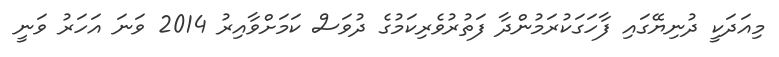
މިއަދަކީ ދުނިޔޭގައި ފާހަގަކުރަމުންދާ ފަތުރުވެރިކަމުގެ ދުވަސް ކަމަށްވާއިރު 2014 ވަނަ އަހަރު ވަނީ